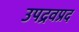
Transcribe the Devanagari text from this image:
उपद्रवप्रद